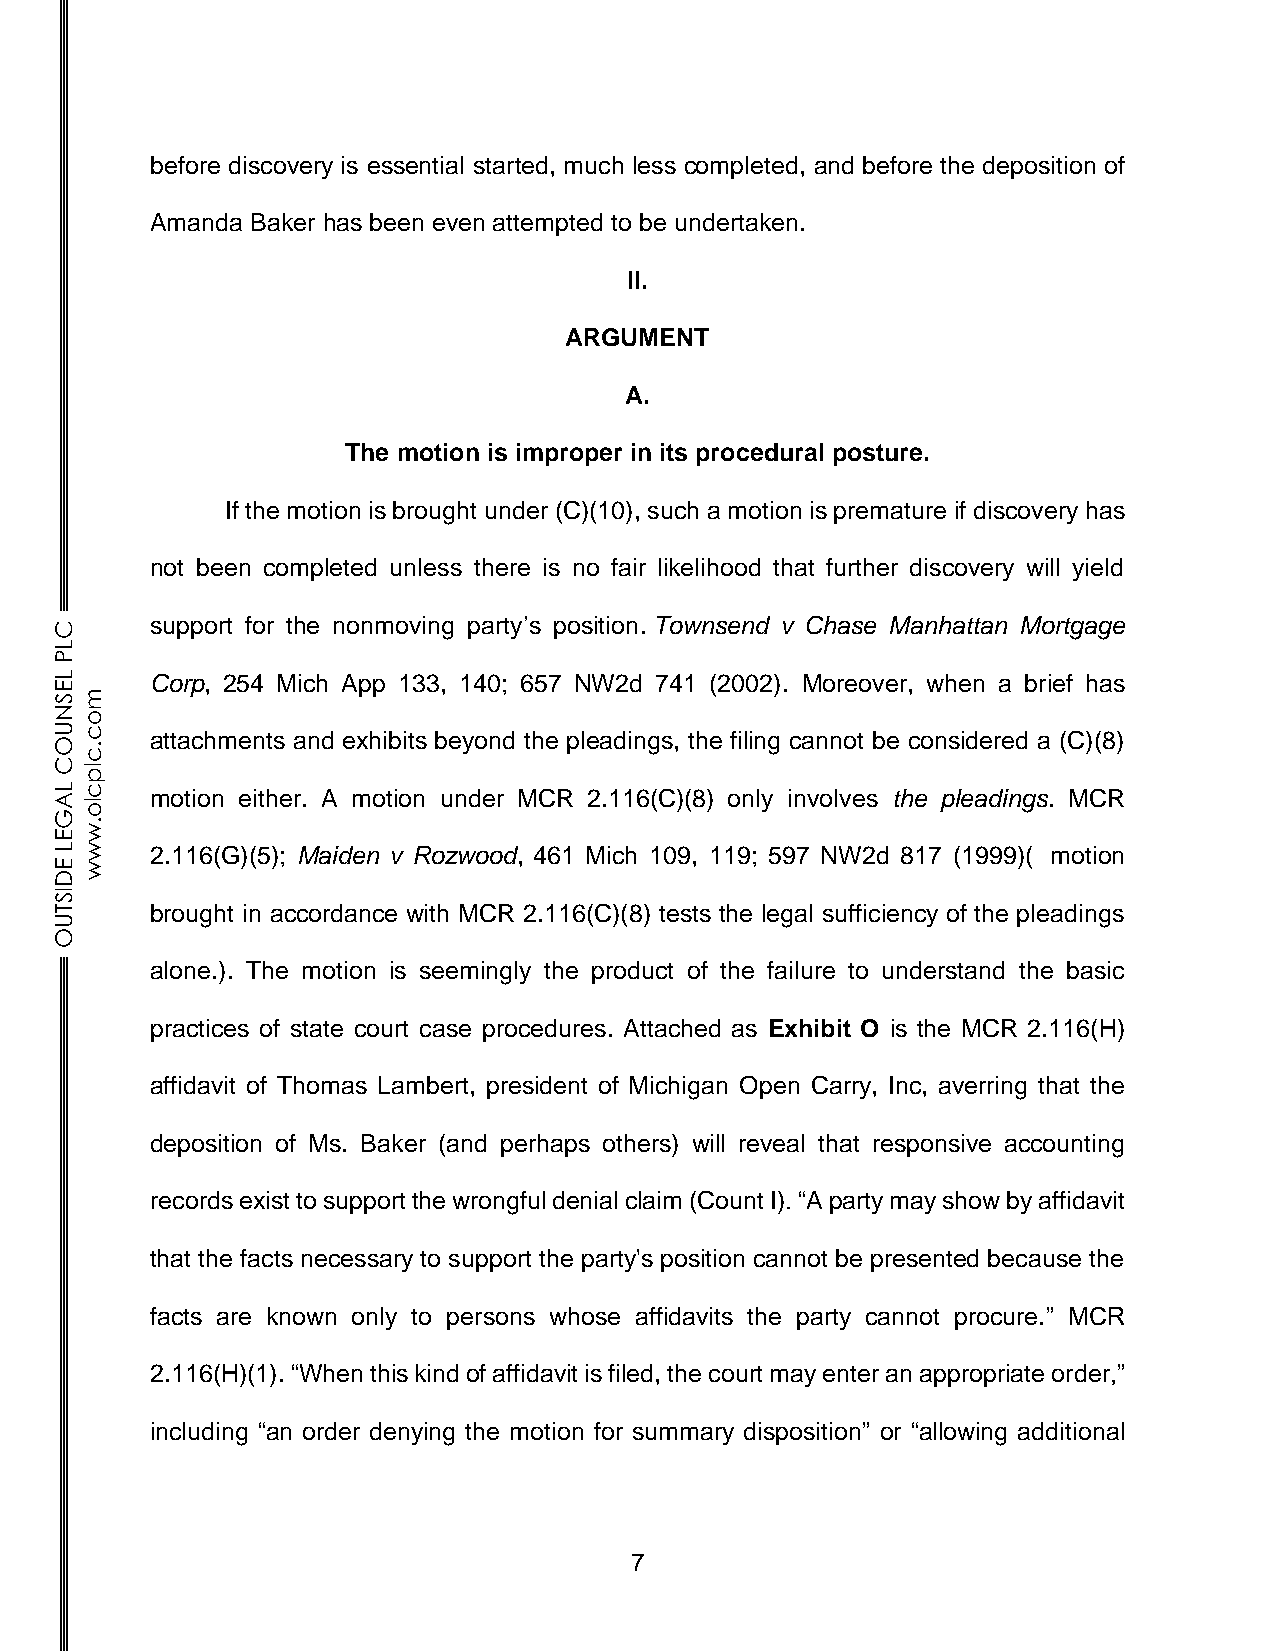
before discovery is essential started, much less completed, and before the deposition of
 Amanda Baker has been even attempted to be undertaken.
 II.
 ARGUMENT
 A.
 The motion is improper in its procedural posture.
 If the motion is brought under (C)(10), such a motion is premature if discovery has
 not been completed unless there is no fair likelihood that further discovery will yield
 C     support for the nonmoving party’s position. Townsend v Chase Manhattan Mortgage
 L
 P
 L     Corp, 254 Mich App 133, 140; 657 NW2d 741 (2002). Moreover, when a brief has
 E
 Sm
 N
 o
 Uc
 attachments and exhibits beyond the pleadings, the filing cannot be considered a (C)(8)
 O.c
 Clp
 L Ac
 lo
 motion either. A motion under MCR 2.116(C)(8) only involves the pleadings. MCR
 G
 .
 Ew
 Lw    2.116(G)(5); Maiden v Rozwood, 461 Mich 109, 119; 597 NW2d 817 (1999)( motion
 Ew
 D
 IS
 T     brought in accordance with MCR 2.116(C)(8) tests the legal sufficiency of the pleadings
 U
 O
 alone.). The motion is seemingly the product of the failure to understand the basic
 practices of state court case procedures. Attached as Exhibit O is the MCR 2.116(H)
 affidavit of Thomas Lambert, president of Michigan Open Carry, Inc, averring that the
 deposition of Ms. Baker (and perhaps others) will reveal that responsive accounting
 records exist to support the wrongful denial claim (Count I). “A party may show by affidavit
 that the facts necessary to support the party's position cannot be presented because the
 facts are known only to persons whose affidavits the party cannot procure.” MCR
 2.116(H)(1). “When this kind of affidavit is filed, the court may enter an appropriate order,”
 including “an order denying the motion for summary disposition” or “allowing additional
 7